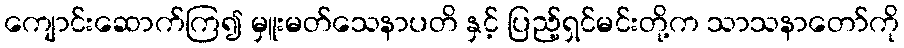
ကျောင်းဆောက်ကြ၍ မှူးမတ်သေနာပတိ နှင့် ပြည့်ရှင်မင်းတို့က သာသနာတော်ကို